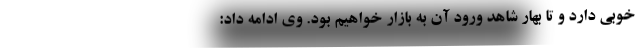
خوبی دارد و تا بهار شاهد ورود آن به بازار خواهیم بود. وی ادامه داد: